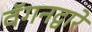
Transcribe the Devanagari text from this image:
वॅगनद्वारे